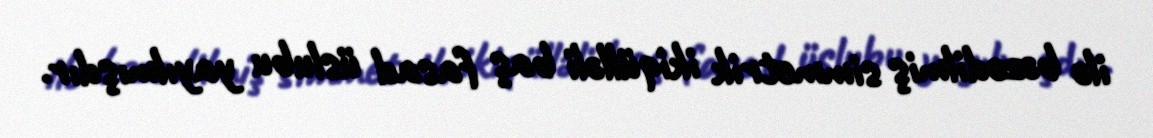
ilə bəzədilmiş simmetrik ikiqülləli baş fasad üslubu yayılmışdır.